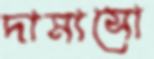
দামাসো